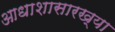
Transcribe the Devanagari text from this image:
आधाशासारख्या